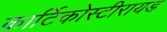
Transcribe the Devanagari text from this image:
कार्टिकोस्टीरायड